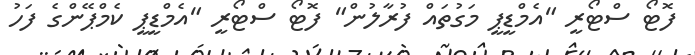
ފޮޓޯ ސްޓޯރީ "އެމްޑީޕީ މަގުތައް ފުރާލުން" ފޮޓޯ ސްޓޯރީ "އެމްޑީޕީ ކެމްޕޭންގެ ފަހު